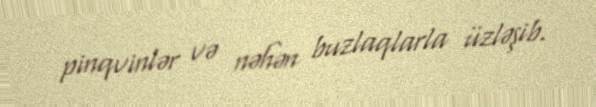
pinqvinlər və nəhən buzlaqlarla üzləşib.